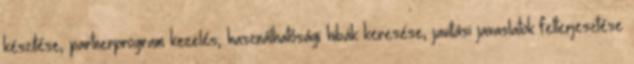
készítése, partnerprogram kezelés, használhatósági hibák keresése, javítási javaslatok felterjesztése